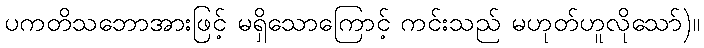
ပကတိသဘောအားဖြင့် မရှိသောကြောင့် ကင်းသည် မဟုတ်ဟူလိုသော်)။